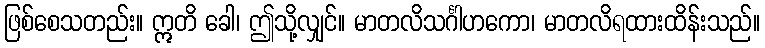
ဖြစ်စေသတည်း။ ဣတိ ခေါ၊ ဤသို့လျှင်။ မာတလိသင်္ဂါဟကော၊ မာတလိရထားထိန်းသည်။